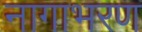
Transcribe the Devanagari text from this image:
नागाभरण